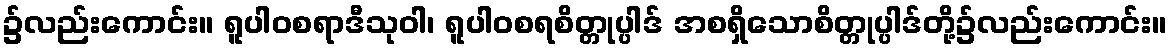
၌လည်းကောင်း။ ရူပါဝစရာဒီသုဝါ၊ ရူပါဝစရစိတ္တုပ္ပါဒ် အစရှိသောစိတ္တုပ္ပါဒ်တို့၌လည်းကောင်း။